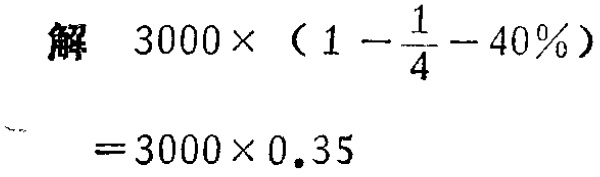
解 \(3000\times(1 - \frac{1}{4} - 40\%)\)

\(=3000\times0.35\)